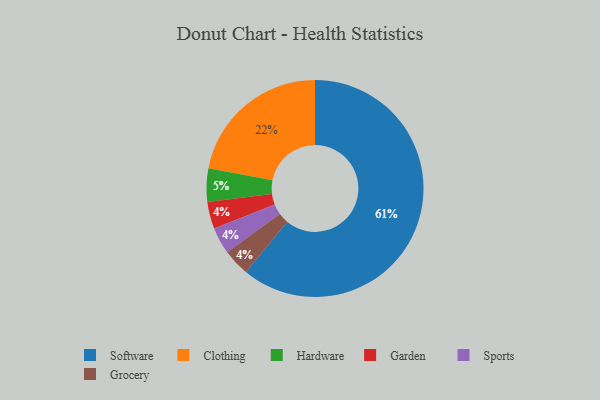
{"axis": {"x": "Category", "y": "Percentage"}, "legend": ["Clothing", "Garden", "Grocery", "Hardware", "Software", "Sports"], "data": [{"x": "Garden", "y": 4, "type": "Garden"}, {"x": "Sports", "y": 4, "type": "Sports"}, {"x": "Clothing", "y": 22, "type": "Clothing"}, {"x": "Hardware", "y": 5, "type": "Hardware"}, {"x": "Software", "y": 61, "type": "Software"}, {"x": "Grocery", "y": 4, "type": "Grocery"}]}